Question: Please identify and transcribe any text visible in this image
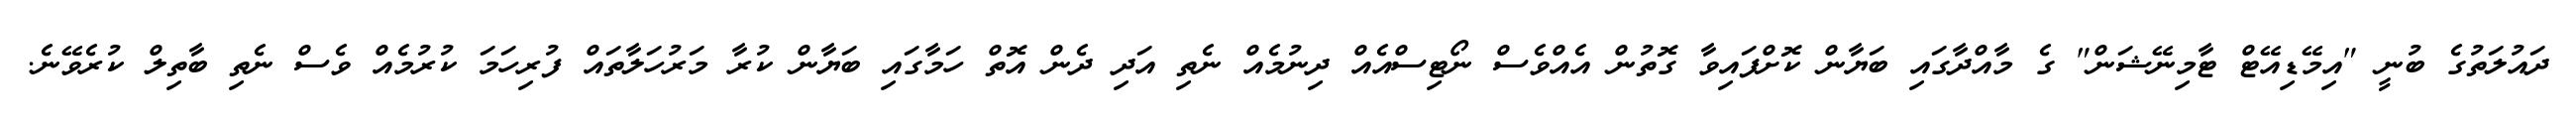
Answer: ދައުލަތުގެ ބުނީ "އިމޭޑިއޭޓް ޓާމިނޭޝަން" ގެ މާއްދާގައި ބަޔާން ކޮށްފައިވާ ގޮތުން އެއްވެސް ނޯޓިސްއެއް ދިނުމެއް ނެތި އަދި ދެން އޮތް ހަމާގައި ބަޔާން ކުރާ މަރުހަލާތައް ފުރިހަމަ ކުރުމެއް ވެސް ނެތި ބާތިލް ކުރެވޭނެ.